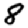
Digit: 8